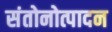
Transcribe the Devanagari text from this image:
संतोनोत्पादन